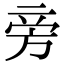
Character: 旁